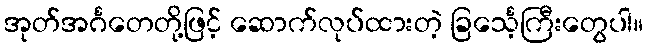
အုတ်အင်္ဂတေတို့ဖြင့် ဆောက်လုပ်ထားတဲ့ ခြင်္သေ့ကြီးတွေပါ။